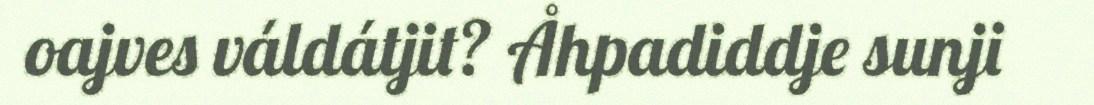
oajves váldátjit? Åhpadiddje sunji